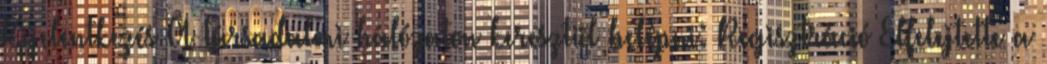
Kijelentkezés A társadalmi hálózaton keresztül belépni: Regisztráció Elfelejtette a